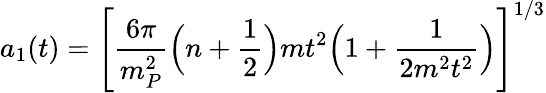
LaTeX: a_{1}(t)=\Biggl[\frac{6\pi}{m_{P}^{2}}\Bigl(n+\frac{1}{2}\Bigr)mt^{2}\Bigl(1+\frac{1}{2m^{2}t^{2}}\Bigr)\Biggr]^{1/3}